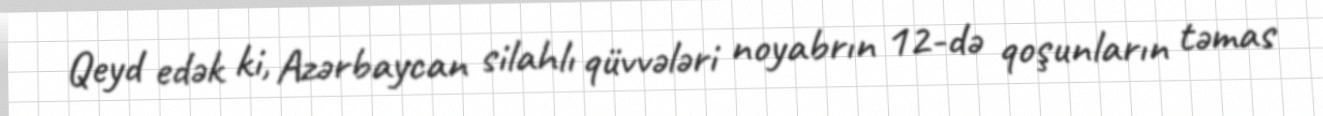
Qeyd edək ki, Azərbaycan silahlı qüvvələri noyabrın 12-də qoşunların təmas